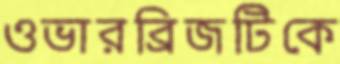
ওভারব্রিজটিকে